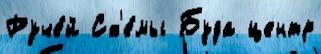
Руче́й Сх'е́мы Буда центр